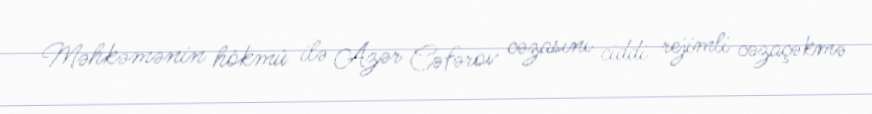
Məhkəmənin hökmü ilə Azər Cəfərov cəzasını ciddi rejimli cəzaçəkmə